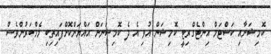
ކޮމިޝަނާއި ކަސްޓަމް އިންޓެގްރިޓީ ކޮމިޝަން އުވި އެ ދެ ކޮމިޝަނަށް އައްޔަންކޮށްފައިތިބި މެމްބަރުންވެސް